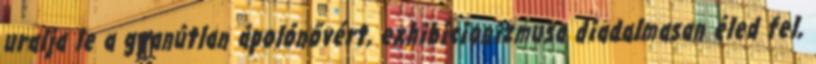
uralja le a gyanútlan ápolónővért, exhibicionizmusa diadalmasan éled fel,